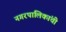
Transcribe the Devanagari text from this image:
नगरपालिकांची